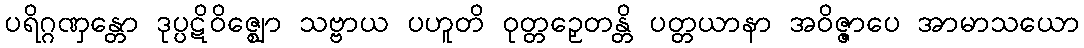
ပရိဂ္ဂဏှန္တော ဒုပ္ပဋိဝိဇ္ဈော သဗ္ဗာယ ပဟူတိ ဝုတ္တဉှေတန္တိ ပတ္တယာနာ အဝိဇ္ဇာပေ အာမာသယော